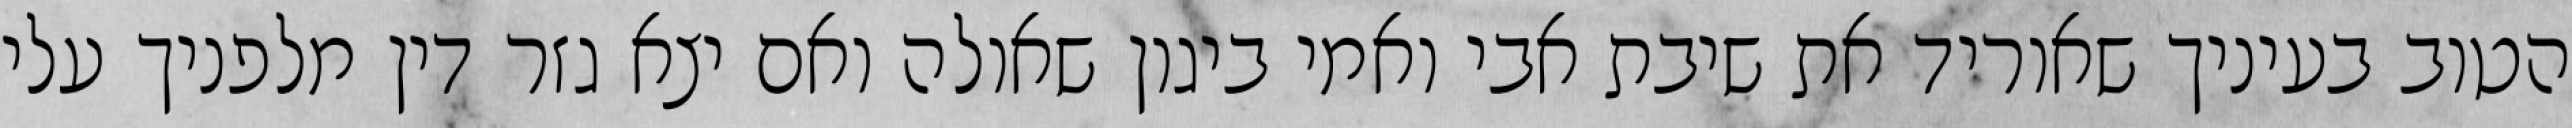
הטוב בעיניך שאוריד את שיבת אבי ואמי ביגון שאולה ואם יצא גזר דין מלפניך עלי